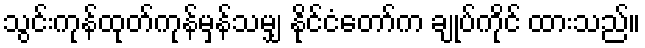
သွင်းကုန်ထုတ်ကုန်မှန်သမျှ နိုင်ငံတော်က ချုပ်ကိုင် ထားသည်။